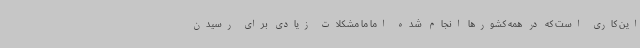
این کاری است که در همه کشورها انجام شده اما ما مشکلات زیادی برای رسیدن